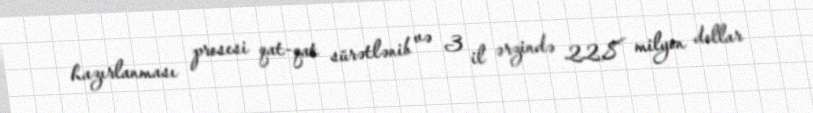
hazırlanması prosesi qat-qat sürətlənib və 3 il ərzində 22,8 milyon dollar